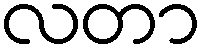
လတာ